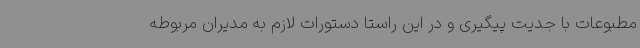
مطبوعات با جدیت پیگیری و در این راستا دستورات لازم به مدیران مربوطه